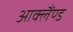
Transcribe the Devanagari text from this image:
आक्लैंण्ड